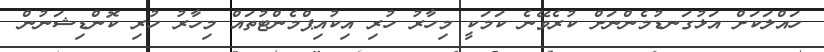
ހައްލަކަށް އަޅުގަނޑުމެންނަށް ކުރެވޭނެ ކަމަކީ މިހާރު ހުރި އިކުއިޕްމެންޓުތައް މިހާރު ހުރި ކޮންޑިޝަނުން